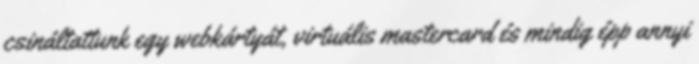
csináltattunk egy webkártyát, virtuális mastercard és mindig épp annyi